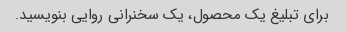
برای تبلیغ یک محصول، یک سخنرانی روایی بنویسید.